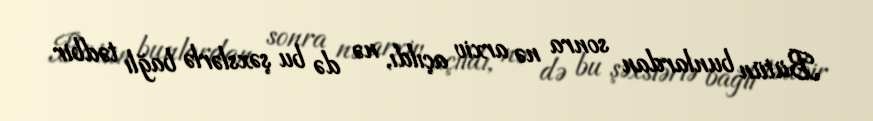
Bütün bunlardan sonra nə arxiv açıldı, nə də bu şəxslərlə bağlı tədbir